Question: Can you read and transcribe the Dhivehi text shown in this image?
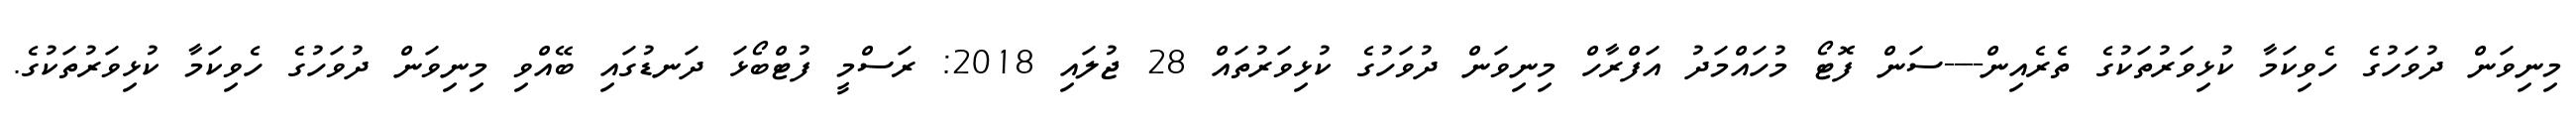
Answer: މިނިވަން ދުވަހުގެ ހެވިކަމާ ކުޅިވަރުތަކުގެ ތެރެއިން----ސަން ފޮޓޯ މުހައްމަދު އަފްރާހް މިނިވަން ދުވަހުގެ ކުޅިވަރުތައް 28 ޖުލައި 2018: ރަސްމީ ފުޓްބޯޅަ ދަނޑުގައި ބޭއްވި މިނިވަން ދުވަހުގެ ހެވިކަމާ ކުޅިވަރުތަކުގެ.